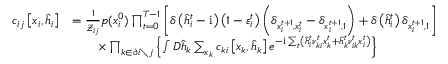
\begin{array} { r l } { c _ { i j } \left[ \boldsymbol { x } _ { i } , \hat { \boldsymbol { h } } _ { i } \right] } & { = \frac { 1 } { \mathcal { Z } _ { i j } } p ( x _ { i } ^ { 0 } ) \prod _ { t = 0 } ^ { T - 1 } \left[ \delta \left( \hat { h } _ { i } ^ { t } - \mathrm { i } \right) \left( 1 - \varepsilon _ { i } ^ { t } \right) \left( \delta _ { x _ { i } ^ { t + 1 } , x _ { i } ^ { t } } - \delta _ { x _ { i } ^ { t + 1 } , 1 } \right) + \delta \left( \hat { h } _ { i } ^ { t } \right) \delta _ { x _ { i } ^ { t + 1 } , 1 } \right] } \\ & { \qquad \times \prod _ { k \in \partial i \setminus j } \left\{ \int D \hat { \boldsymbol { h } } _ { k } \sum _ { x _ { k } } c _ { k i } \left[ \boldsymbol { x } _ { k } , \hat { \boldsymbol { h } } _ { k } \right] e ^ { - \mathrm { i } \sum _ { t } \left( \hat { h } _ { i } ^ { t } \nu _ { k i } ^ { t } x _ { k } ^ { t } + \hat { h } _ { k } ^ { t } \nu _ { i k } ^ { t } x _ { i } ^ { t } \right) } \right\} } \end{array}